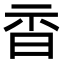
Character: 𣆇